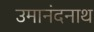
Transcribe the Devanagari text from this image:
उमानंदनाथ